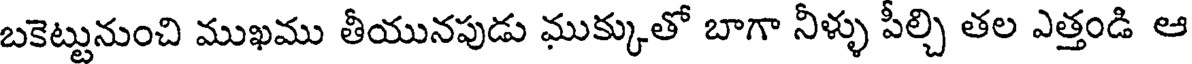
బకెట్టునుంచి ముఖము తీయునపుడు ముక్కుతో బాగా నీళ్ళు పీల్చి తల ఎత్తండి ఆ